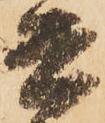
書